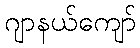
ဂျာနယ်ကျော်